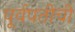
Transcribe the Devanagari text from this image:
पूर्वपतीची